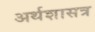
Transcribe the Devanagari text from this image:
अर्थशासत्र